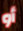
أو